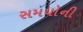
સમયોની